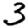
Digit: 3